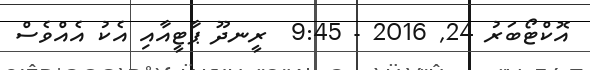
އޮކްޓޯބަރު 24